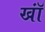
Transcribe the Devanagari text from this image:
खॉं